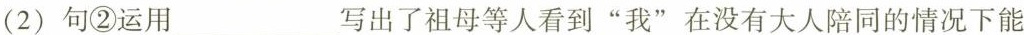
(2)句②运用___写出了祖母等人看到”我”在没有大人同的情况下能